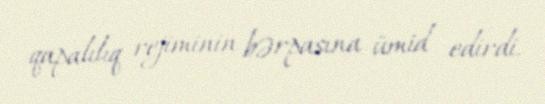
qapalılıq rejiminin bərpasına ümid edirdi.